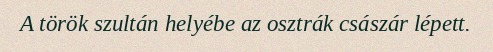
A török szultán helyébe az osztrák császár lépett.